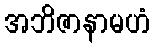
အဘိဇာနာမဟံ